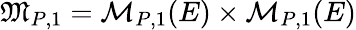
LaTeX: \mathfrak{M}_{P,1}=\mathcal{M}_{P,1}(E)\times\mathcal{M}_{P,1}(E)